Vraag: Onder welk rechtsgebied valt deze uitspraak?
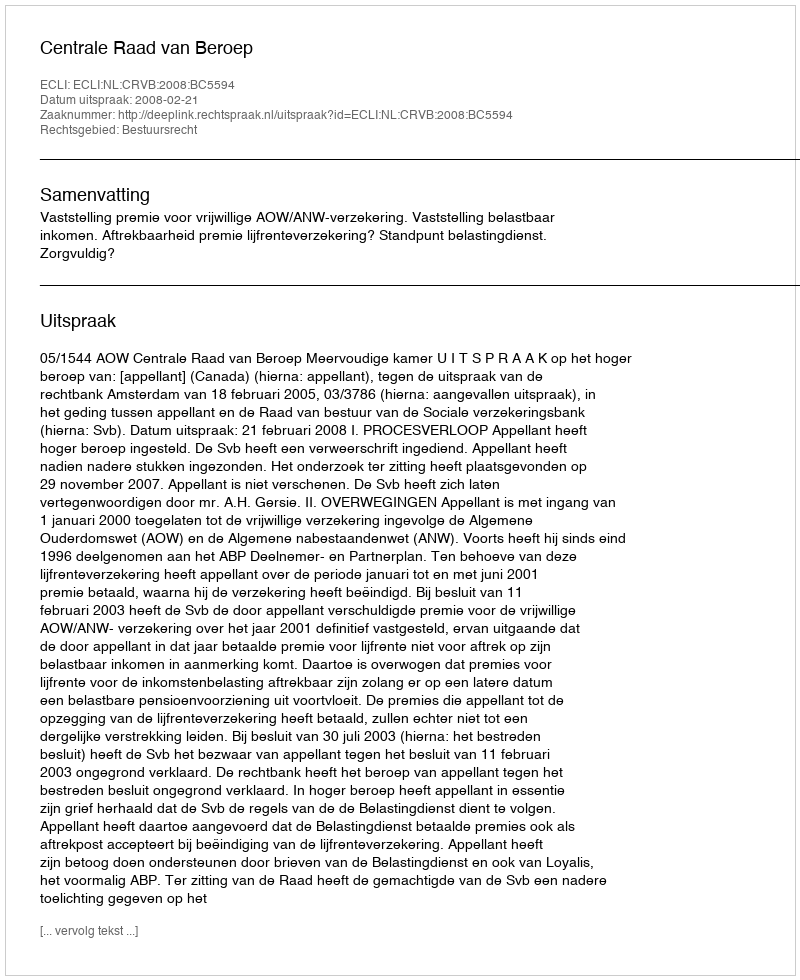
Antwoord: Bestuursrecht